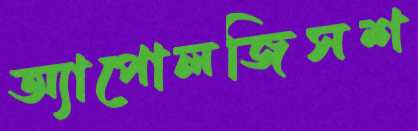
অ্যাপোলজিসশ